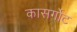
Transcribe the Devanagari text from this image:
कासर्गोट